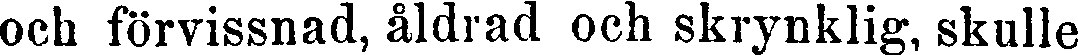
och förvissnad, åldrad och skrynklig, skulle